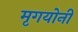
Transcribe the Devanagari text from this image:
मृगयोनी